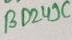
Text: BD249V